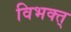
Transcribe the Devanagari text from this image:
विभक्त्